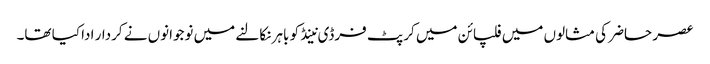
عصر حاضر کی مثالوں میں فلپائن میں کرپٹ فرڈی نینڈ کو باہر نکالنے میں نوجوانوں نے کردار ادا کیا تھا۔